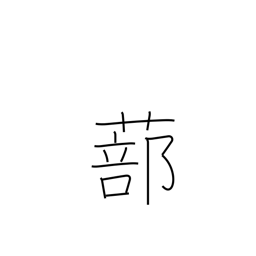
Meaning: latticed shutters